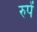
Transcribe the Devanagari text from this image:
रुपें